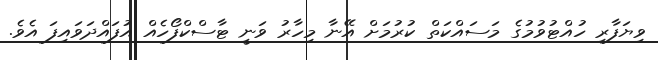
ވިޔަފާރި ހުއްޓުވުމުގެ މަސައްކަތް ކުރުމަށް އޭނާ މިހާރު ވަނީ ޓާސްކްފޯހެއް އުފައްދަވައިފަ އެވެ.